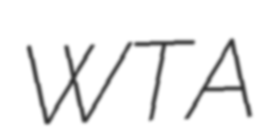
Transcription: WTA